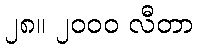
၂၈။ ၂၀၀၀ လီတာ